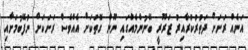
އަނެއް ރަށަށް ދަތުރުކުރާއިރު ޒަރޫރީ ބޭނުންމެއްގައި ނޫން ގޮތަކަށް އެއްވެސް ރަށަކަށް ނުފޭބުމަށާއި